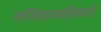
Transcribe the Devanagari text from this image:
लसिकावाहिकाएँ